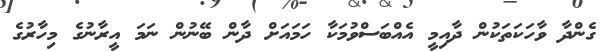
ގެންދާ ވާހަކަތަކުން ދާއިމީ އެއްބަސްވުމަކާ ހަމައަށް ދާން ބޭނުން ނަމަ އީރާނުގެ މިހާރުގެ